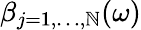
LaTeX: \beta_{j=1,\ldots,\mathbb{N}}(\omega)